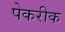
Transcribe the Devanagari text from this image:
पेकरीक